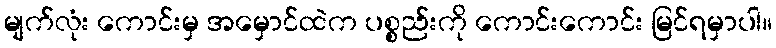
မျက်လုံး ကောင်းမှ အမှောင်ထဲက ပစ္စည်းကို ကောင်းကောင်း မြင်ရမှာပါ။